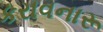
કરાવનારૂ